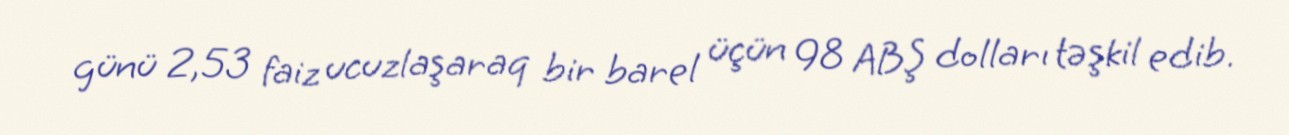
günü 2,53 faiz ucuzlaşaraq bir barel üçün 98 ABŞ dolları təşkil edib.